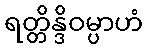
ရတ္တိန္ဒိဝမ္ပာဟံ